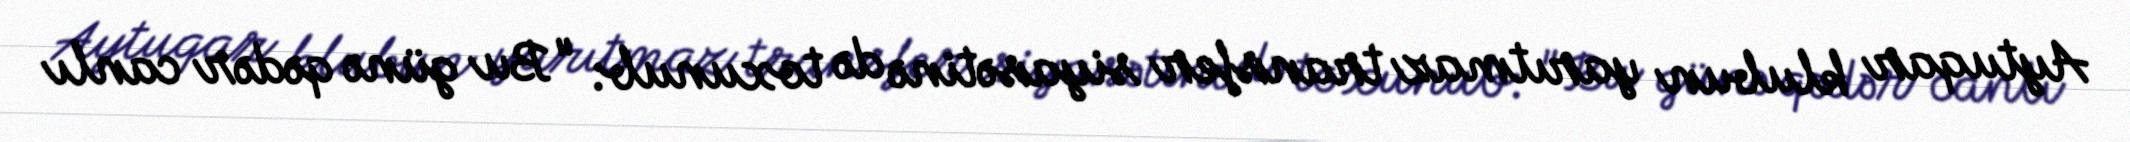
Aytuqar klubun yarıtmaz transfer siyasətinə də toxunub: "Bu günə qədər canlı